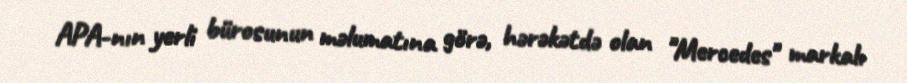
APA-nın yerli bürosunun məlumatına görə, hərəkətdə olan "Mercedes" markalı